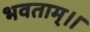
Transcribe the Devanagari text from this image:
भवताम्।।